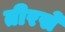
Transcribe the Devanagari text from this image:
तीरसे